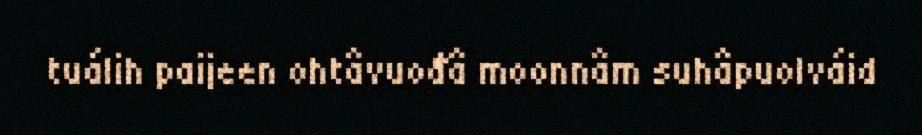
tuálih paijeen ohtâvuođâ moonnâm suhâpuolváid